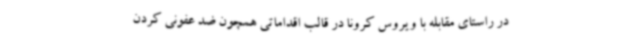
در راستای مقابله با ویروس کرونا در قالب اقداماتی همچون ضد عفونی کردن